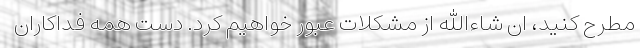
مطرح کنید، ان شاءالله از مشکلات عبور خواهیم کرد. دست همه فداکاران